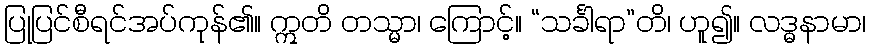
ပြုပြင်စီရင်အပ်ကုန်၏။ ဣတိ တသ္မာ၊ ကြောင့်။ “သင်္ခါရာ”တိ၊ ဟူ၍။ လဒ္ဓနာမာ၊